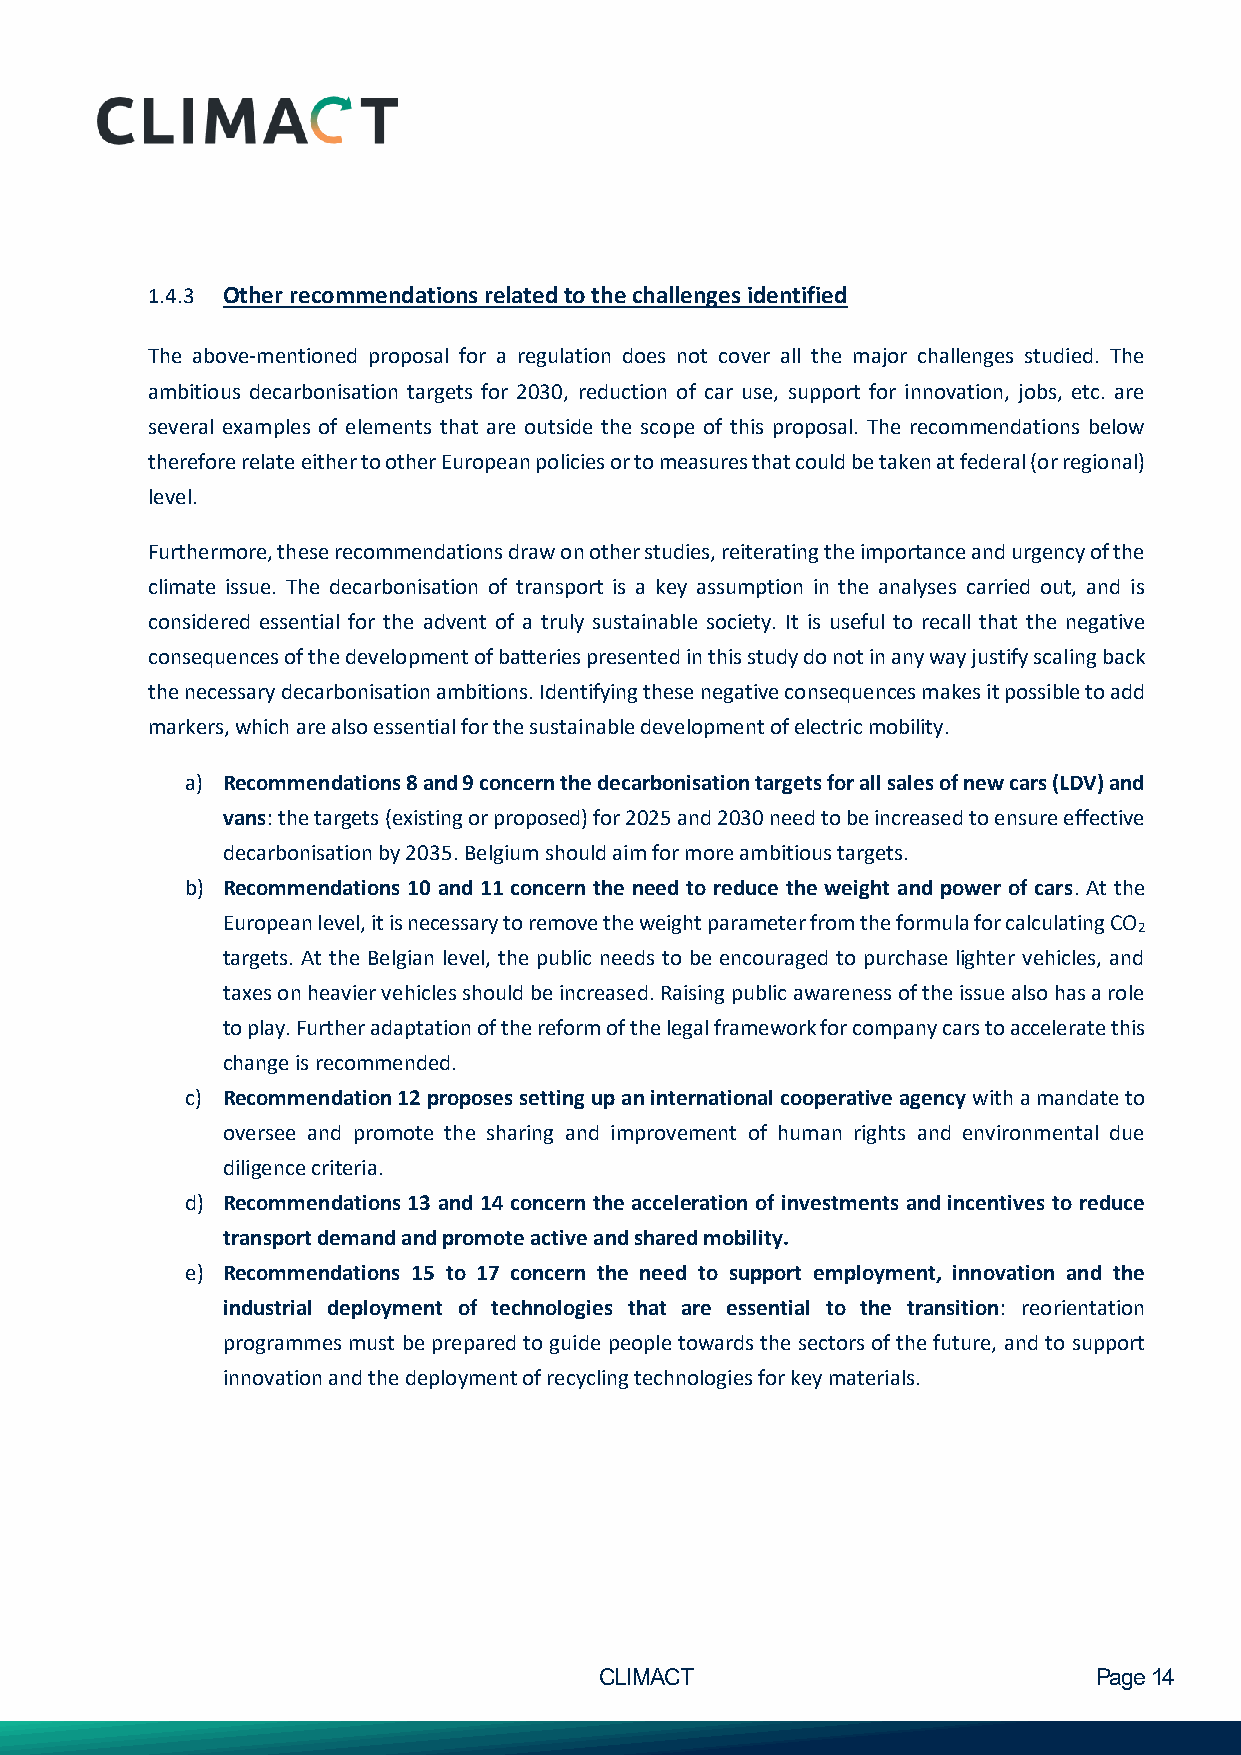
1.4.3 Other recommendations related to the challenges identified
 The above-mentioned proposal for a regulation does not cover all the major challenges studied. The
 ambitious decarbonisation targets for 2030, reduction of car use, support for innovation, jobs, etc. are
 several examples of elements that are outside the scope of this proposal. The recommendations below
 therefore relate either to other European policies or to measures that could be taken at federal (or regional)
 level.
 Furthermore, these recommendations draw on other studies, reiterating the importance and urgency of the
 climate issue. The decarbonisation of transport is a key assumption in the analyses carried out, and is
 considered essential for the advent of a truly sustainable society. It is useful to recall that the negative
 consequences of the development of batteries presented in this study do not in any way justify scaling back
 the necessary decarbonisation ambitions. Identifying these negative consequences makes it possible to add
 markers, which are also essential for the sustainable development of electric mobility.
 a) Recommendations 8 and 9 concern the decarbonisation targets for all sales of new cars (LDV) and
 vans: the targets (existing or proposed) for 2025 and 2030 need to be increased to ensure effective
 decarbonisation by 2035. Belgium should aim for more ambitious targets.
 b) Recommendations 10 and 11 concern the need to reduce the weight and power of cars. At the
 European level, it is necessary to remove the weight parameter from the formula for calculating CO
 2
 targets. At the Belgian level, the public needs to be encouraged to purchase lighter vehicles, and
 taxes on heavier vehicles should be increased. Raising public awareness of the issue also has a role
 to play. Further adaptation of the reform of the legal framework for company cars to accelerate this
 change is recommended.
 c) Recommendation 12 proposes setting up an international cooperative agency with a mandate to
 oversee and promote the sharing and improvement of human rights and environmental due
 diligence criteria.
 d) Recommendations 13 and 14 concern the acceleration of investments and incentives to reduce
 transport demand and promote active and shared mobility.
 e) Recommendations 15 to 17 concern the need to support employment, innovation and the
 industrial deployment of technologies that are essential to the transition: reorientation
 programmes must be prepared to guide people towards the sectors of the future, and to support
 innovation and the deployment of recycling technologies for key materials.
 CLIMACT                         Page 14